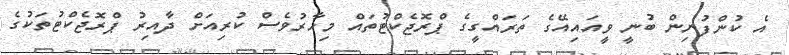
އެ ކުންފުނިން ބުނީ ވީއައިއޭގެ ތަރައްގީގެ ޕްރޮޖެކްޓުތައް މިހާރުވެސް ކުރިއަށް ދާއިރު ޕްރޮޖެކްޓުތަކުގެ